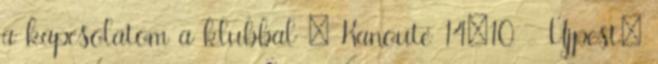
a kapcsolatom a klubbal – Kanouté 14:10 - Újpest: